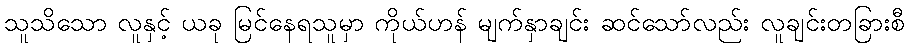
သူသိသော လူနှင့် ယခု မြင်နေရသူမှာ ကိုယ်ဟန် မျက်နှာချင်း ဆင်သော်လည်း လူချင်းတခြားစီ